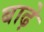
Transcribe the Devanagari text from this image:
बाढ़े